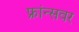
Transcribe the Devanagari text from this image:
फ्रांन्सवर